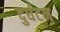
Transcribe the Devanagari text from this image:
दुर्घटन